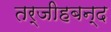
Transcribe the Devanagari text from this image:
तर्जीहबन्द